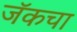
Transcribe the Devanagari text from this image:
जॅकचा